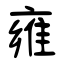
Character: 雍